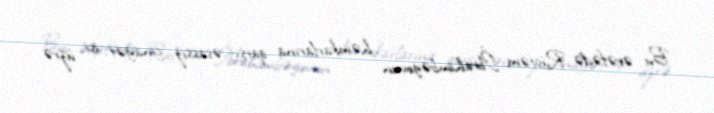
Bu ərəfədə Rüstəm İbrahimbəyovun həmkarlarına qarşı əsassız cinayət işi üzrə